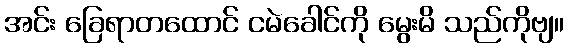
အင်း ခြေရာတထောင် ငမဲခေါင်ကို မွေးမိ သည်ကိုဗျ။